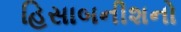
હિસાબનીશનો